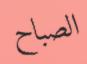
الصباح